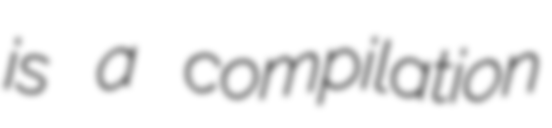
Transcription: is a compilation